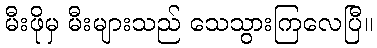
မီးဖိုမှ မီးများသည် သေသွားကြလေပြီ။